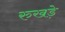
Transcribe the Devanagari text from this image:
रुखड़े